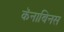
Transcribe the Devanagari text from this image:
कॅनाबिनस